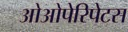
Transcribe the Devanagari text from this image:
ओओपेरिपेटस